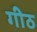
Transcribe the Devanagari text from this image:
गीठ